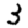
Digit: 3